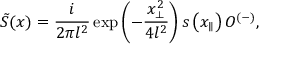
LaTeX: \tilde { S } ( x ) = \frac { i } { 2 \pi l ^ { 2 } } \exp \left( - \frac { x _ { \perp } ^ { 2 } } { 4 l ^ { 2 } } \right) s \left( x _ { \parallel } \right) O ^ { ( - ) } ,